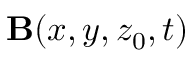
\mathbf { B } ( x , y , z _ { 0 } , t )